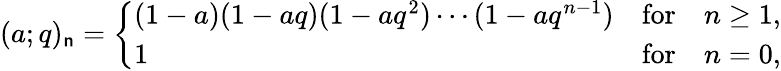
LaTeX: (a;q)_{\mathsf{n}}=\left\{ \begin{array}{lll}{{(1-a)(1-aq)(1-aq^{2})\cdots(1-aq^{n-1})}}&{{\mathrm{for}}}&{{n\ge 1,}}\\ {{1}}&{{\mathrm{for}}}&{{n=0,}}\end{array}\right.